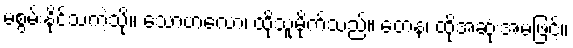
မစွမ်းနိုင်သကဲ့သို့။ သောဗာလော၊ ထိုသူမိုက်သည်။ တေန၊ ထိုအဆုံးအမဖြင့်။